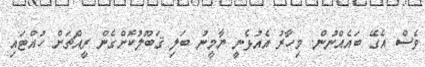
ވެސް އެގޭ ބައެއްނުން. މިހާރު އެއުޅެނީ ޔާމީނު ބަލި ޤަބޫލުކޮށްގެން ރީއްޗަށް ހުއްޓައި